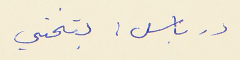
درباس : بتختي